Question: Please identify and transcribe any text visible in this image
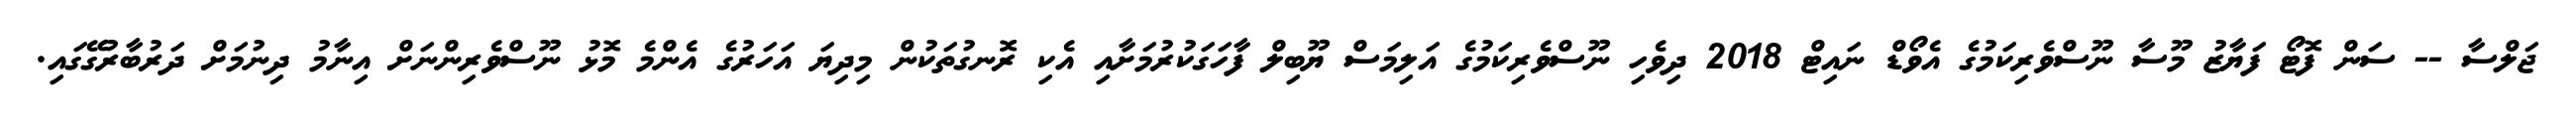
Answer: ޖަލްސާ -- ސަން ފޮޓޯ ފަޔާޒު މޫސާ ނޫސްވެރިކަމުގެ އެވޯޑް ނައިޓް 2018 ދިވެހި ނޫސްވެރިކަމުގެ އަލިމަސް ޔޫބިލް ފާހަގަކުރުމަށާއި އެކި ރޮނގުތަކުން މިދިޔަ އަހަރުގެ އެންމެ މޮޅު ނޫސްވެރިންނަށް އިނާމު ދިނުމަށް ދަރުބާރުގޭގައި.